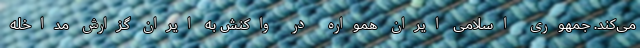
می‌کند. جمهوری اسلامی ایران همواره در واکنش به ایران گزارش مداخله